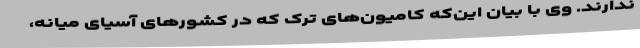
ندارند. وی با بیان این‌که کامیون‌های ترک که در کشورهای آسیای میانه،